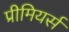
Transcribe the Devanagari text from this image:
प्रीमियर्स